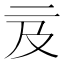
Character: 𠄦